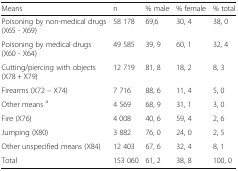
<table><thead><tr><td><b>Means</b></td><td><b>n</b></td><td><b>% male</b></td><td><b>% female</b></td><td><b>% total</b></td></tr></thead><tbody><tr><td>Poisoning by non-medical drugs (X65 - X69)</td><td>58 178</td><td>69,6</td><td>30, 4</td><td>38, 0</td></tr><tr><td>Poisoning by medical drugs (X60 - X64)</td><td>49 585</td><td>39, 9</td><td>60, 1</td><td>32, 4</td></tr><tr><td>Cutting/piercing with objects (X78 + X79)</td><td>12 719</td><td>81, 8</td><td>18, 2</td><td>8, 3</td></tr><tr><td>Firearms (X72 – X74)</td><td>7 716</td><td>88, 6</td><td>11, 4</td><td>5, 0</td></tr><tr><td>Other means <sup>a</sup></td><td>4 569</td><td>68, 9</td><td>31, 1</td><td>3, 0</td></tr><tr><td>Fire (X76)</td><td>4 008</td><td>40, 6</td><td>59, 4</td><td>2, 6</td></tr><tr><td>Jumping (X80)</td><td>3 882</td><td>76, 0</td><td>24, 0</td><td>2, 5</td></tr><tr><td>Other unspecified means (X84)</td><td>12 403</td><td>67, 6</td><td>32, 4</td><td>8, 1</td></tr><tr><td>Total</td><td>153 060</td><td>61, 2</td><td>38, 8</td><td>100, 0</td></tr></tbody></table>